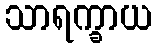
သာရက္ခာယ